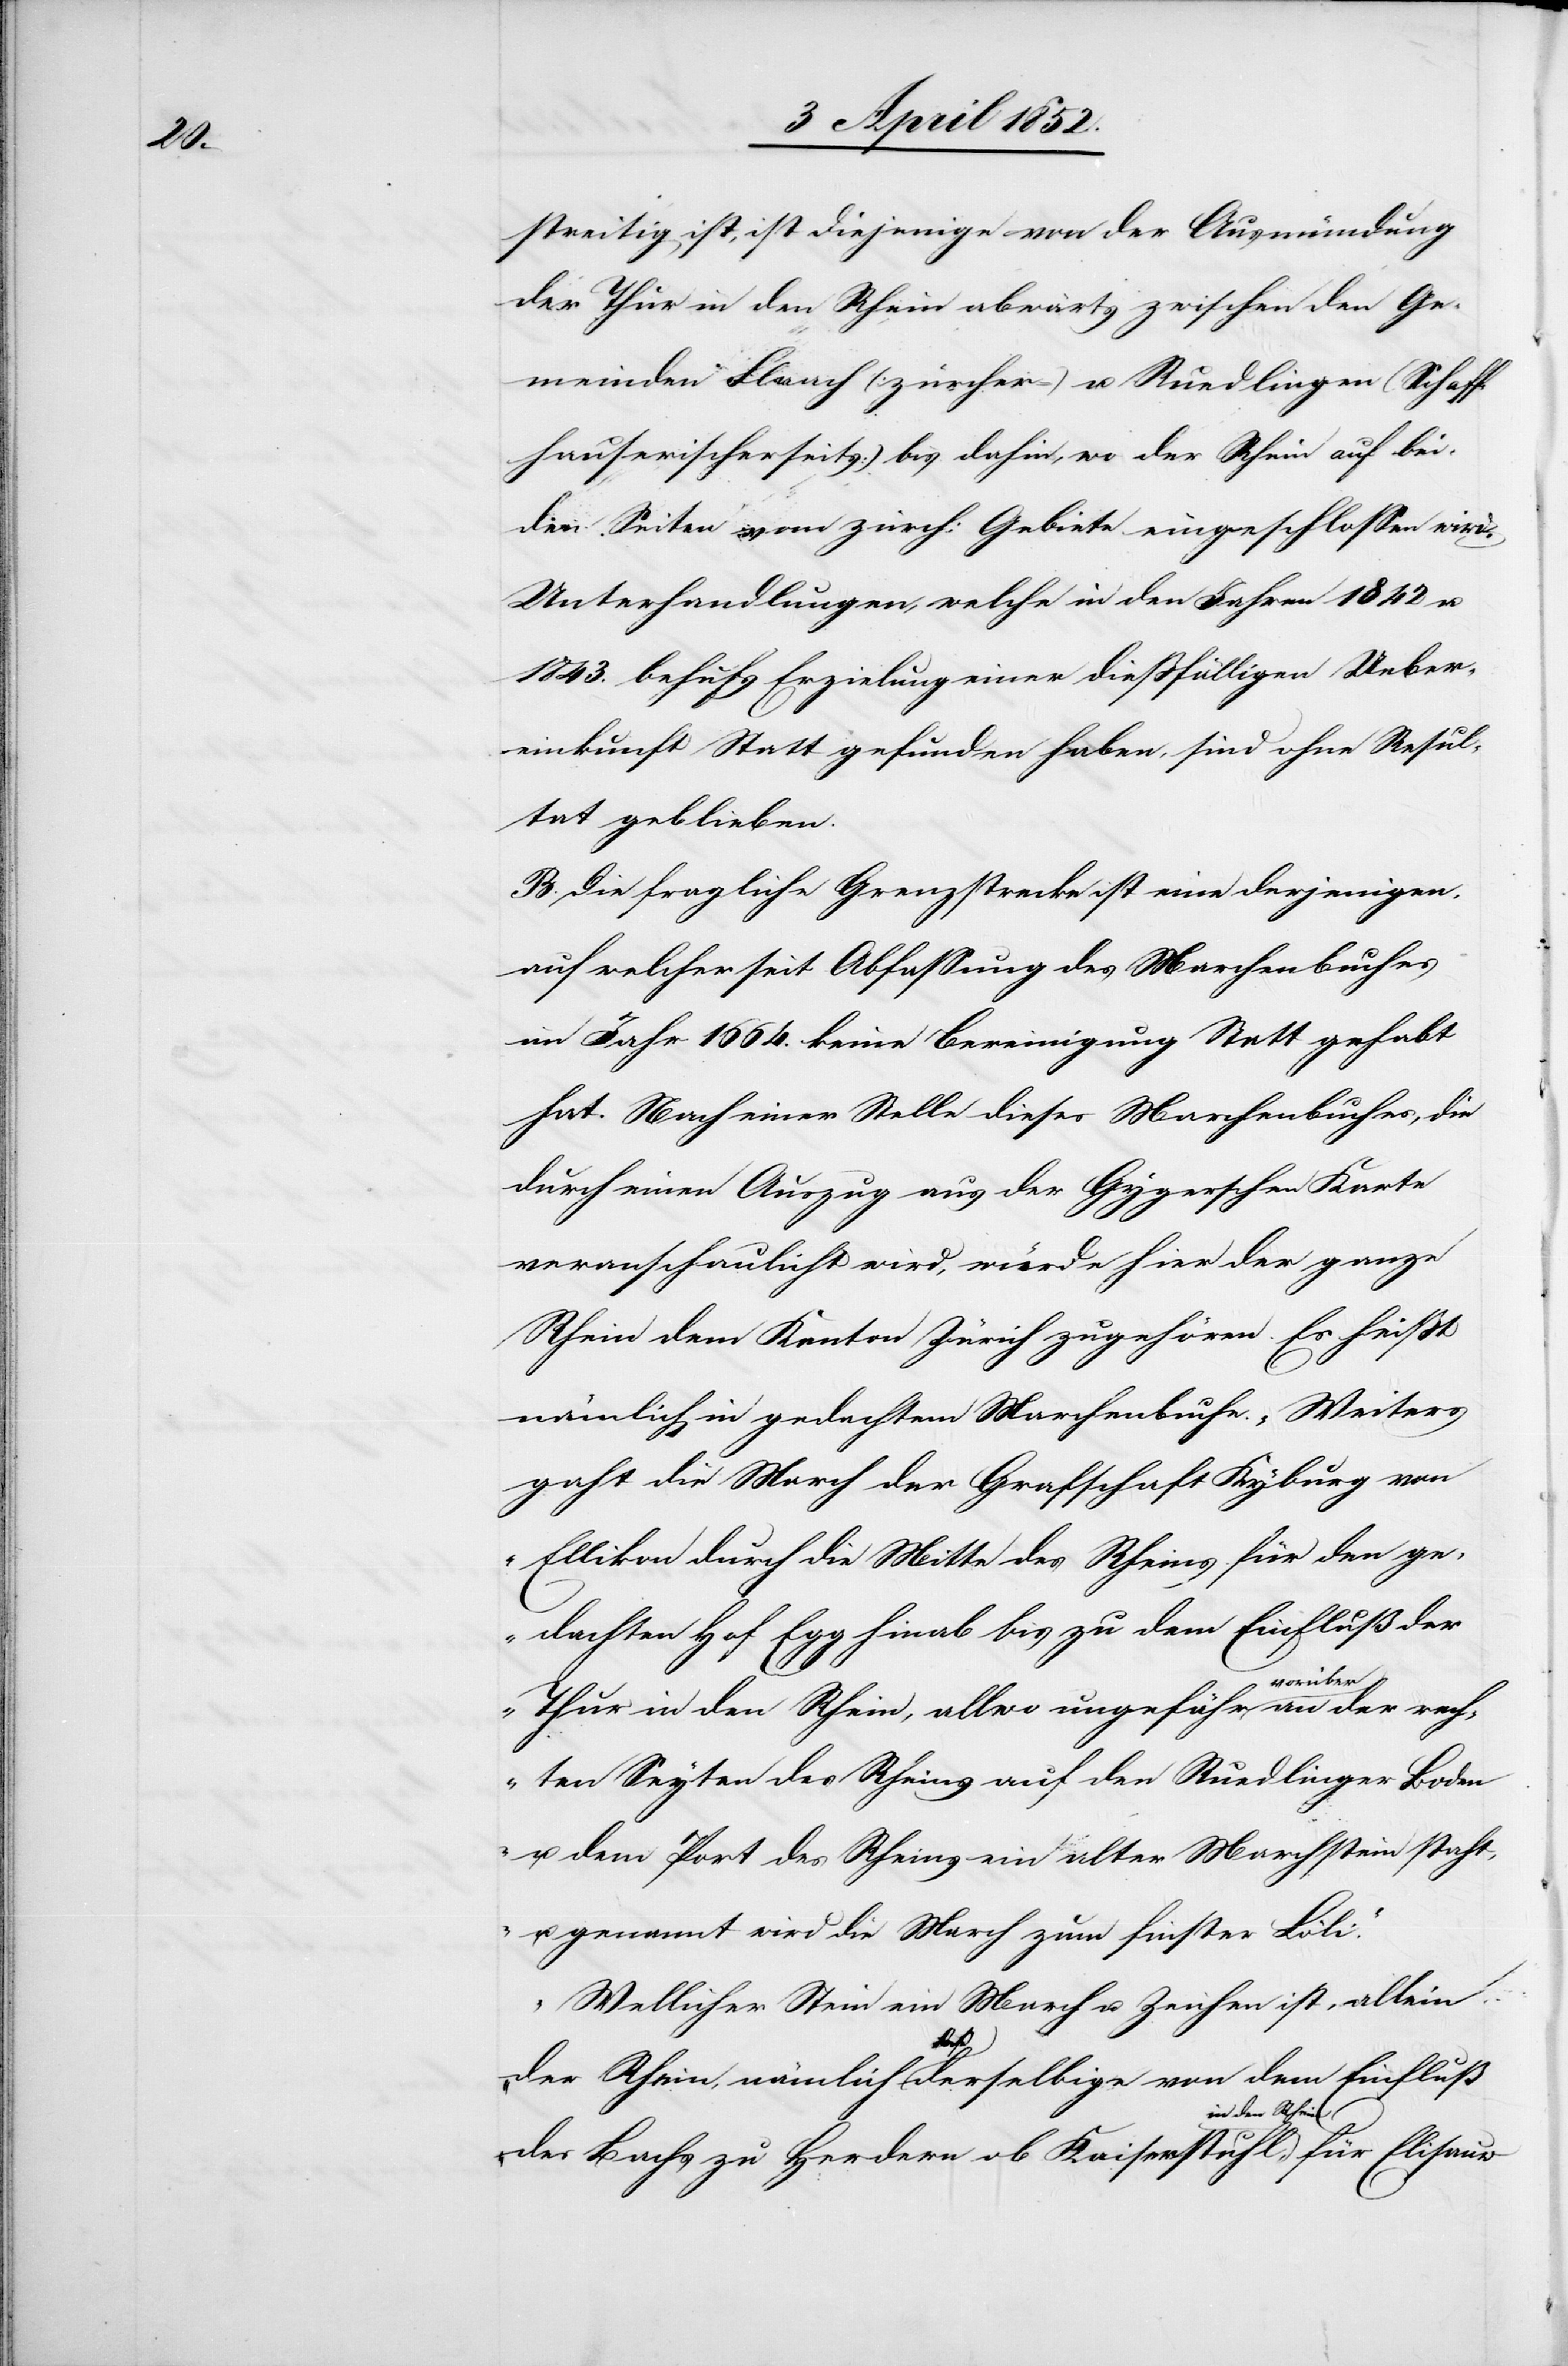
alter

streitig ist, ist diejenige von der Ausmündung
der Thur in den Rhein abwärts zwischen den Ge¬
meinden Flaach (zürcher-) u. Ruedlingen (Schaff¬
hauserischerseits) bis dahin, wo der Rhein auf bei¬
den Seiten vom zürch: Gebiete eingeschlossen wird.
Unterhandlungen, welche in den Jahren 1842 u.
1843. behufs Erzielung einer diessfälligen Ueber¬
einkunft Statt gefunden haben, sind ohne Resul¬
tat geblieben.
B. Die fragliche Grenzstrecke ist eine derjenigen,
auf welcher seit Abfassung des Marchenbuches
im Jahr 1664. keine Bereinigung Statt gehabt
hat. Nach einer Stelle dieses Marchenbuches, die
durch einen Auszug aus der Gygerschen Karte
veranschaulicht wird, würde hier der ganze
Rhein dem Kanton Zürich zugehören. Es heissst
nämlich in gedachtem Marchenbuche. „Weiters
gaht die March der Grafschaft Kyburg von
Ellikon durch die Mitte des Rheins für den ge¬
dachten Hof Egg hinab bis zu dem Einfluß der
Thur in den Rhein, allwo ungefähr vorüber a¬
genannt wird die March zum finster Löli.“
„Wellicher Stein ein March u. Zeichen ist, allein
u.
der Rhein, nämlich daß derselbige von dem Einfluß
en des Rheins
des Bachs zu Herdern ob Kaiserstuhl, in den Rhein